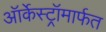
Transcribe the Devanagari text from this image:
ऑर्केस्ट्रॉमार्फत